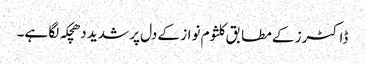
ڈاکٹرز کے مطابق کلثوم نواز کے دل پر شدید دھچکہ لگا ہے۔